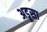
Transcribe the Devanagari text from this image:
अडूसा